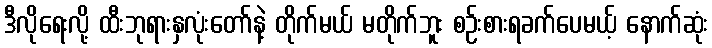
ဒီလိုရေးလို့ ထီးဘုရားနှလုံးတော်နဲ့ တိုက်မယ် မတိုက်ဘူး စဉ်းစားရခက်ပေမယ့် နောက်ဆုံး